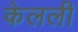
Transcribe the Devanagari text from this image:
केलली